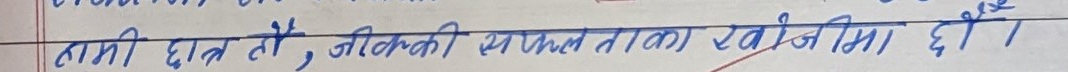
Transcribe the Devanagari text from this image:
हामी छात्र हो, जिनकी सफलता रखनी है।